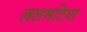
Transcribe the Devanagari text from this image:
ललमटिया